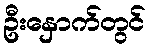
ဦးနှောက်တွင်